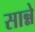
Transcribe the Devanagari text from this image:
सान्ने